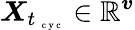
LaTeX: \boldsymbol X_{t_{\mathrm{~\scriptsize~c~y~c~}}}\in\mathbb{R}^{\boldsymbol v}